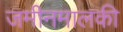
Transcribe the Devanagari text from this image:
जमीनमालकी